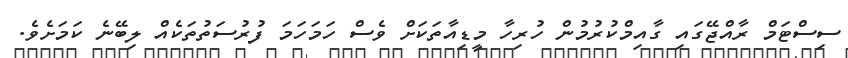
ސިސްޓަމް ރާއްޖޭގައި ގާއިމްކުރުމުން ހުރިހާ މީޑިއާތަކަށް ވެސް ހަމަހަމަ ފުރުސަތުތަކެއް ލިބޭނެ ކަމަށެވެ.